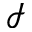
\mathcal { I }